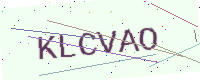
Text: KLCVAO